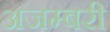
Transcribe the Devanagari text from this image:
अजम्बरी